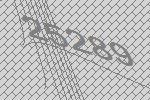
25289